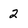
Character: 2